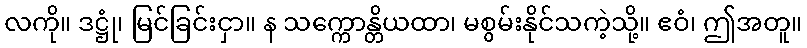
လကို။ ဒဋ္ဌုံ၊ မြင်ခြင်းငှာ။ န သက္ကောန္တိယထာ၊ မစွမ်းနိုင်သကဲ့သို့။ ဧဝံ၊ ဤအတူ။